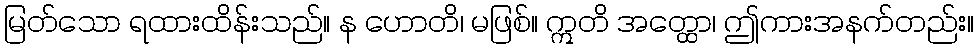
မြတ်သော ရထားထိန်းသည်။ န ဟောတိ၊ မဖြစ်။ ဣတိ အတ္ထော၊ ဤကားအနက်တည်း။